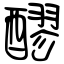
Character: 醪